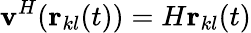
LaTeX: \textbf{v}^{H}(\textbf{r}_{kl}(t))=H\textbf{r}_{kl}(t)